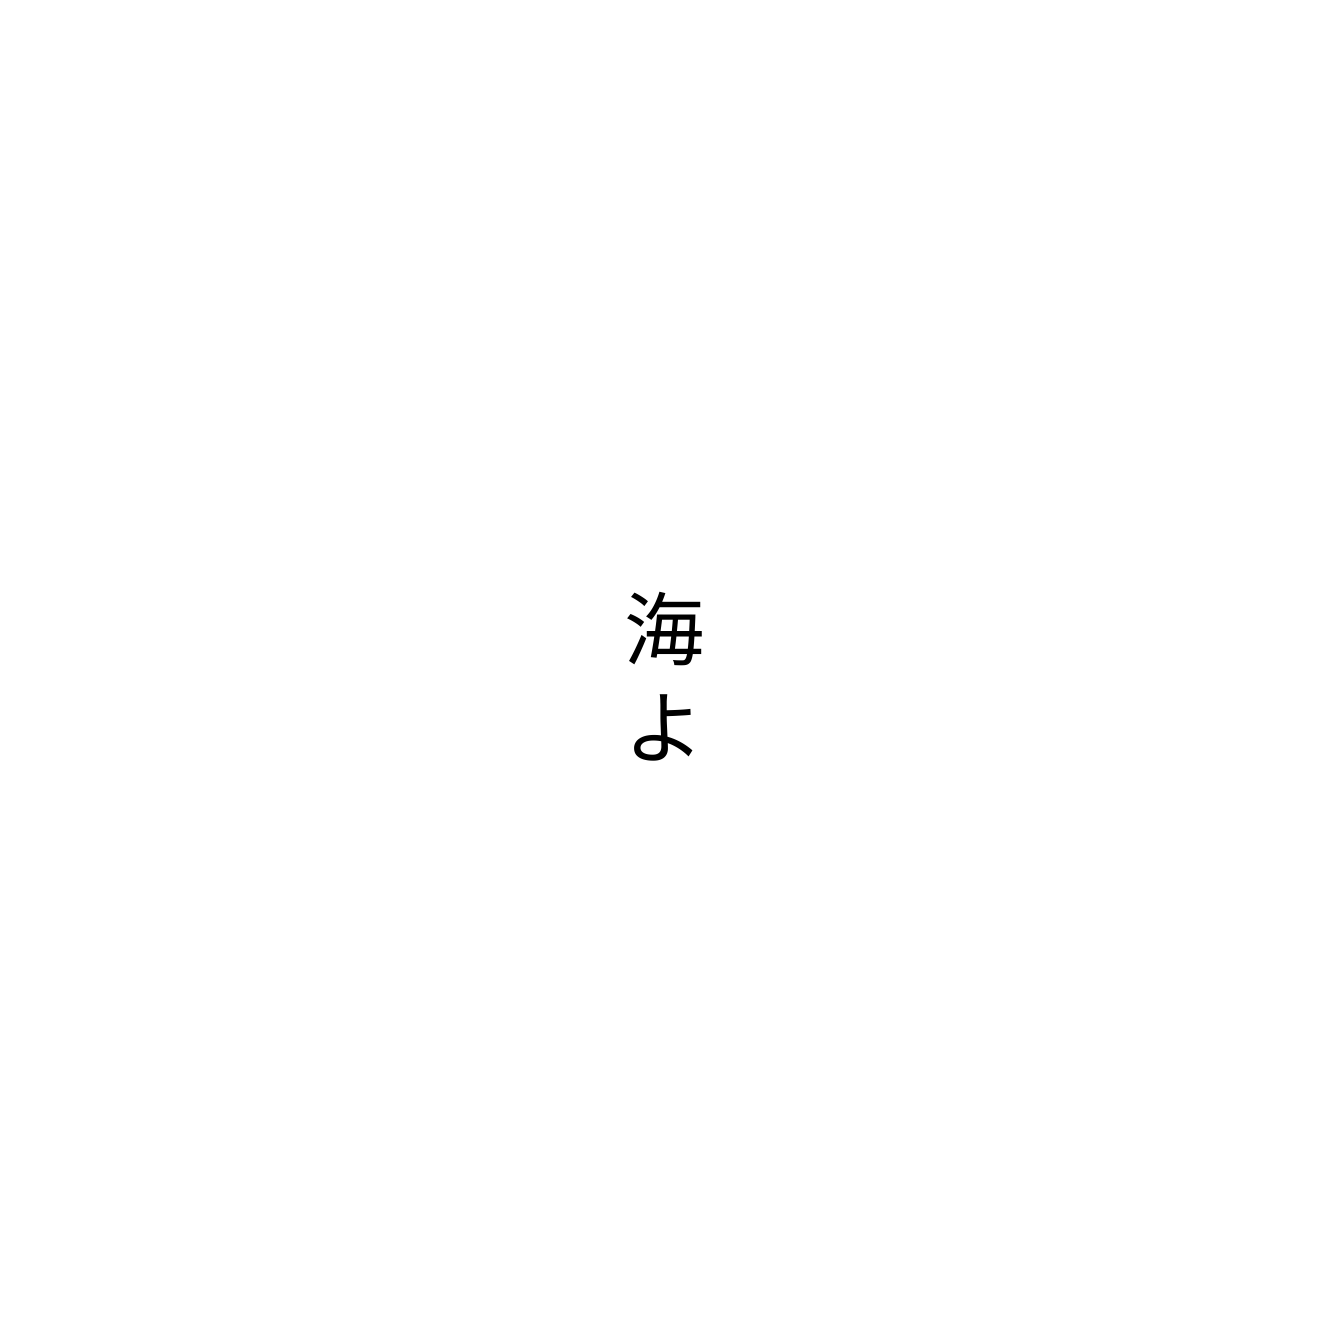
海よ